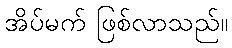
အိပ်မက် ဖြစ်လာသည်။